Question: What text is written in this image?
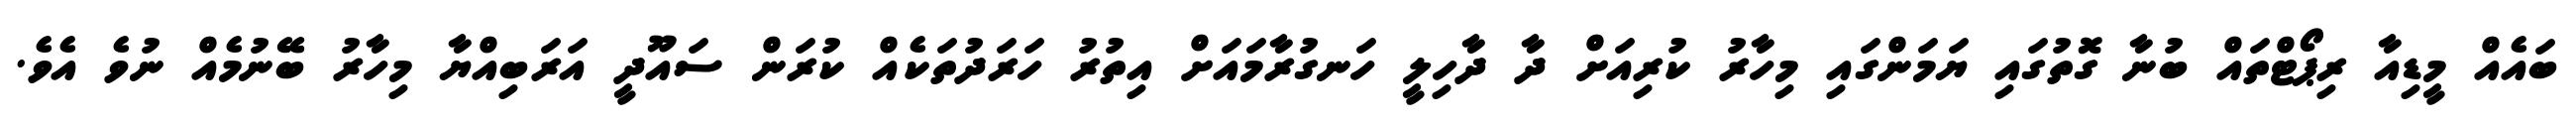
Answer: ބައެއް މީޑިއާ ރިޕޯޓްތައް ބުނާ ގޮތުގައި ޔަމަންގައި މިހާރު ކުރިއަށް ދާ ދާހިލީ ހަނގުރާމައަށް އިތުރު ހަރަދުތަކެއް ކުރަން ސައޫދީ އަރަބިއްޔާ މިހާރު ބޭނުމެއް ނުވެ އެވެ.